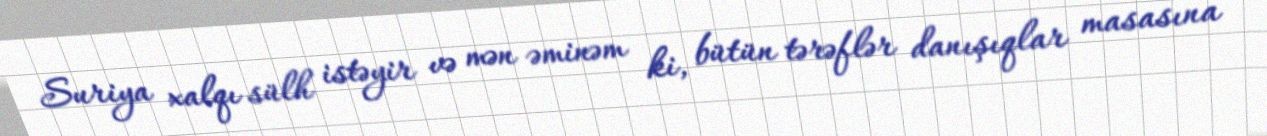
Suriya xalqı sülh istəyir və mən əminəm ki, bütün tərəflər danışıqlar masasına